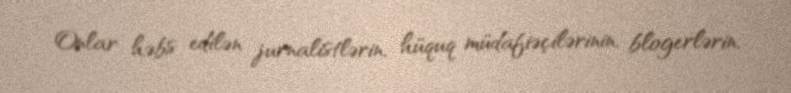
Onlar həbs edilən jurnalistlərin, hüquq müdafiəçilərinin, blogerlərin,